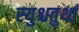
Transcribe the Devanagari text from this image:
स्युश्चतुर्था